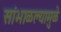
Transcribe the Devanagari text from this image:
सांभाळल्यामुळे